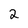
Character: 2